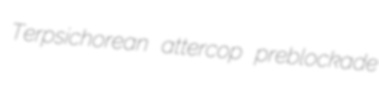
Terpsichorean attercop preblockade